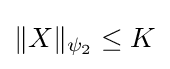
\|X\|_{\psi _{2}}\leq K